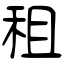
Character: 租